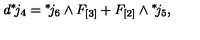
d { } ^ { * } \! j _ { 4 } = { } ^ { * } \! j _ { 6 } \wedge F _ { [ 3 ] } + F _ { [ 2 ] } \wedge { } ^ { * } \! j _ { 5 } ,